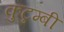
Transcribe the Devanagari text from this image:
कुटुम्बी